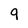
Character: 9